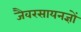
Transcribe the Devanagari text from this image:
जैवरसायनज्ञों